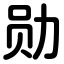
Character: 勋